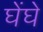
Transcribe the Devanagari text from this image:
घेंघे